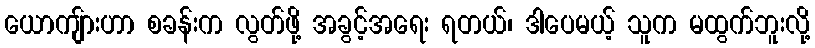
ယောကျ်ားဟာ စခန်းက လွတ်ဖို့ အခွင့်အရေး ရတယ်၊ ဒါပေမယ့် သူက မထွက်ဘူးလို့